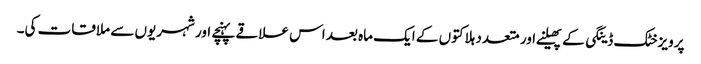
پرویزخٹک ڈینگی کے پھیلنے اور متعدد ہلاکتوں کے ایک ماہ بعد اس علاقے پہنچے اور شہریوں سے ملاقات کی۔